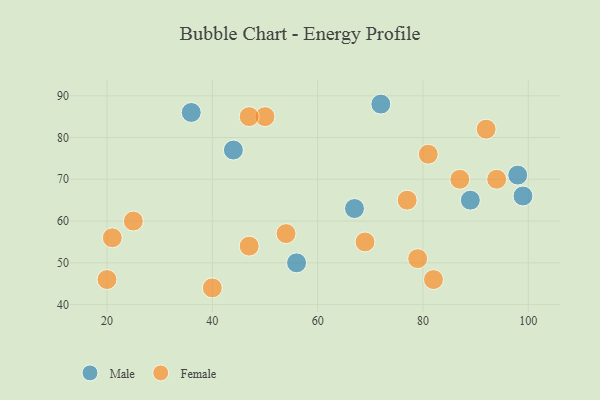
{"axis": {"x": "GDP", "y": "Life Expectancy"}, "legend": ["Female", "Male"], "data": [{"x": "99", "y": 66, "type": "Male"}, {"x": "44", "y": 77, "type": "Male"}, {"x": "56", "y": 50, "type": "Male"}, {"x": "67", "y": 63, "type": "Male"}, {"x": "72", "y": 88, "type": "Male"}, {"x": "98", "y": 71, "type": "Male"}, {"x": "89", "y": 65, "type": "Male"}, {"x": "36", "y": 86, "type": "Male"}, {"x": "25", "y": 60, "type": "Female"}, {"x": "47", "y": 54, "type": "Female"}, {"x": "82", "y": 46, "type": "Female"}, {"x": "20", "y": 46, "type": "Female"}, {"x": "69", "y": 55, "type": "Female"}, {"x": "40", "y": 44, "type": "Female"}, {"x": "79", "y": 51, "type": "Female"}, {"x": "92", "y": 82, "type": "Female"}, {"x": "77", "y": 65, "type": "Female"}, {"x": "81", "y": 76, "type": "Female"}, {"x": "50", "y": 85, "type": "Female"}, {"x": "21", "y": 56, "type": "Female"}, {"x": "94", "y": 70, "type": "Female"}, {"x": "47", "y": 85, "type": "Female"}, {"x": "54", "y": 57, "type": "Female"}, {"x": "87", "y": 70, "type": "Female"}]}